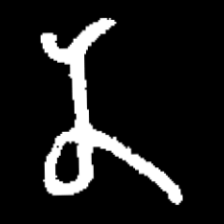
Pyu character \u2014 Myanmar letter: န (romanized: na)